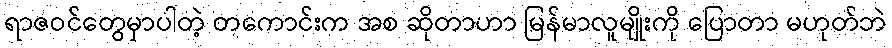
ရာဇဝင်တွေမှာပါတဲ့ တကောင်းက အစ ဆိုတာဟာ မြန်မာလူမျိုးကို ပြောတာ မဟုတ်ဘဲ